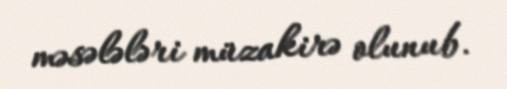
məsələləri müzakirə olunub.